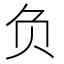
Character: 负